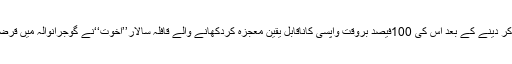
6ارب روپے ایک لاکھ سے زائد گھرانوں میں تقسیم کر دینے کے بعد اس کی 100فیصد بروقت واپسی کاناقابل یقین معجزہ کردکھانے والے قافلہ سالارِ’’اُخوت‘‘نے گوجرانوالہ میں قرضوں کی تقسیم کی تقریب میں شمولیت کی دعوت دی ۔